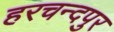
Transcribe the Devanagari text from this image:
हरचन्दपुर